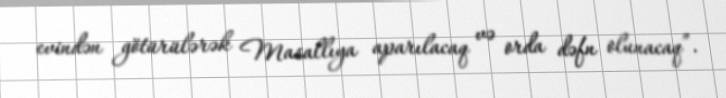
evindən götürülərək Masallıya aparılacaq və orda dəfn olunacaq”.